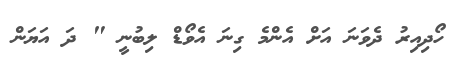
ހޯދިއިރު ދެވަނަ އަށް އެންމެ ގިނަ އެވޯޑް ލިބުނީ " ދަ އަޔަން